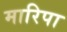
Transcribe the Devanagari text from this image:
मारिपा